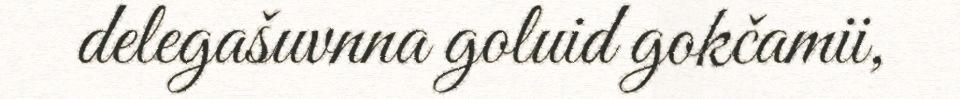
delegašuvnna goluid gokčamii,